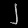
Digit: ၂